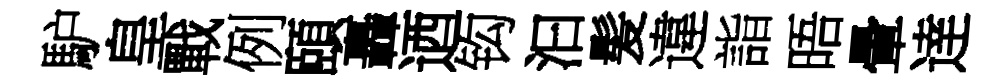
馿皇戰例頤轟迺钩汩髪違詣晤暈逹